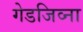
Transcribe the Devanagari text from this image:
गेडजिव्ना